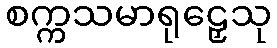
စက္ကသမာရုဠှေသု